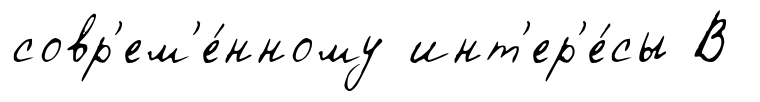
совр'ем'е́нному инт'ер'е́сы В